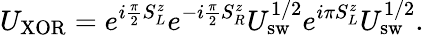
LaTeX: U_{\mathrm{{XOR}}}=e^{i{\frac{\pi}{2}}S_{L}^{z}}e^{-i{\frac{\pi}{2}}S_{R}^{z}}U_{\mathrm{{sw}}}^{1/2}e^{i\pi S_{L}^{z}}U_{\mathrm{{sw}}}^{1/2}.